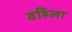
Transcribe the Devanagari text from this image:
वहिला